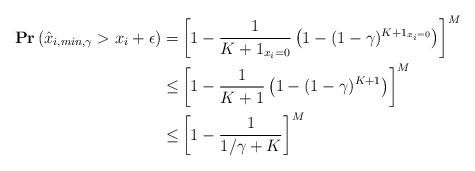
LaTeX: \begin{align*}\mathbf{Pr}\left(\hat{x}_{i,min,\gamma}> x_i + \epsilon\right)=&\left[1-\frac{1}{K+1_{x_i=0}}\left(1-(1-\gamma)^{K+1_{x_i=0}}\right)\right]^M\\\leq&\left[1-\frac{1}{K+1}\left(1-(1-\gamma)^{K+1}\right)\right]^M\\\leq&\left[1-\frac{1}{1/\gamma + K}\right]^M\end{align*}